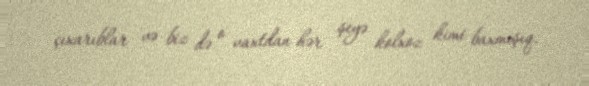
çıxarıblar və biz də o vaxtdan hər şeyə kolxoz kimi baxmışıq.